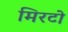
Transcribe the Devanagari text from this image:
मिरटो